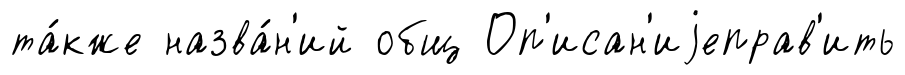
та́кже назва́н'ий общ Оп'исан'иjеправ'ить